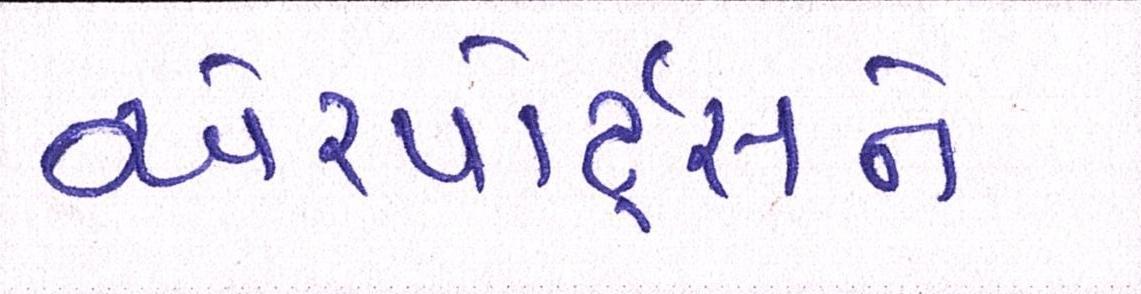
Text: એરપોર્ટ્સને